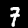
Label: 7